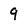
Character: 9